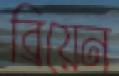
ব্রিয়েন